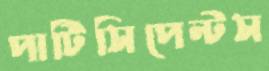
পার্টিসিপেন্টস